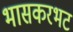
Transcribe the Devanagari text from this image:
भासकरभट